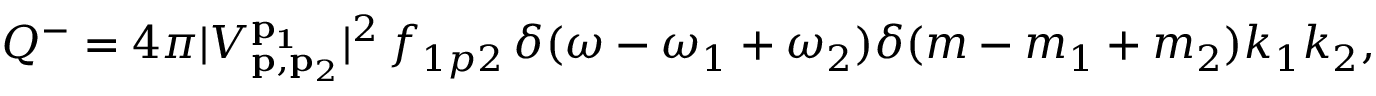
\begin{array} { r } { Q ^ { - } = 4 \pi | V _ { \mathbf { p } , \mathbf { p } _ { 2 } } ^ { \mathbf { p _ { 1 } } } | ^ { 2 } \, f _ { 1 p 2 } \, \delta ( \omega - \omega _ { 1 } + \omega _ { 2 } ) \delta ( m - m _ { 1 } + m _ { 2 } ) k _ { 1 } k _ { 2 } , } \end{array}